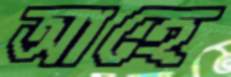
আহে